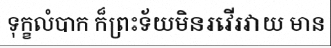
ទុក្ខលំបាក ក៏ព្រះទ័យមិនរវើរវាយ មាន